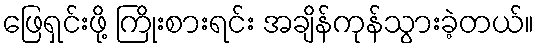
ဖြေရှင်းဖို့ ကြိုးစားရင်း အချိန်ကုန်သွားခဲ့တယ်။